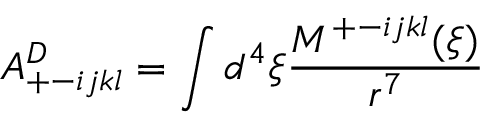
A _ { + - i j k l } ^ { D } = \int d ^ { 4 } \xi \frac { M ^ { + - i j k l } ( \xi ) } { r ^ { 7 } }